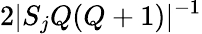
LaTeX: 2|S_{j}Q(Q+1)|^{-1}